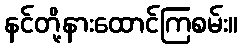
နင်တို့နားထောင်ကြစမ်း။